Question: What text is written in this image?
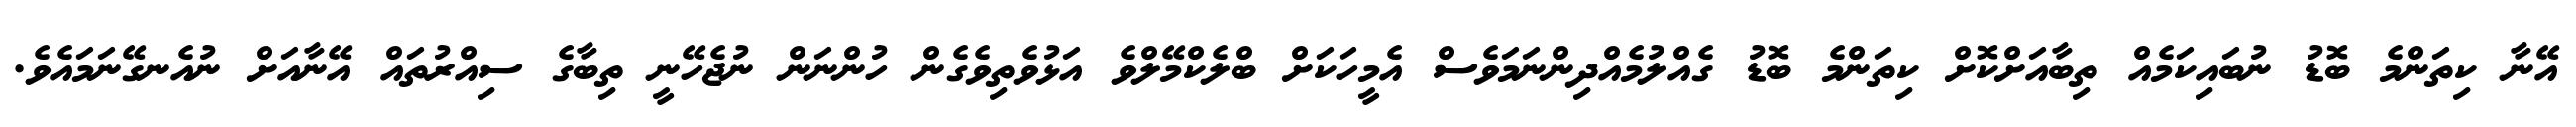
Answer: އޭނާ ކިތަންމެ ބޮޑު ނުބައިކަމެއް ތިބާއަށްކޮށް ކިތަންމެ ބޮޑު ގެއްލުމެއްދިންނަމަވެސް އެމީހަކަށް ބްލެކްމޭލްވެ އަޅުވެތިވެގެން ހުންނަން ނުޖެހޭނީ ތިބާގެ ސިއްރުތައް އޭނާއަށް ނުއެނގޭނަމައެވެ.